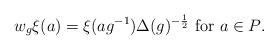
LaTeX: \begin{align*} w_{g}\xi(a)=\xi(ag^{-1})\Delta(g)^{-\frac{1}{2}} \textrm{ for $a \in P$}. \end{align*}